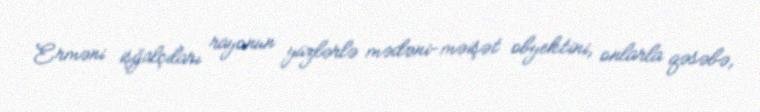
Erməni işğalçıları rayonun yüzlərlə mədəni-məişət obyektini, onlarla qəsəbə,